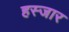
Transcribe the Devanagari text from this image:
हस्जार